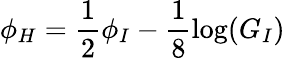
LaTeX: \phi_{H}=\frac{1}{2}\phi_{I}-\frac{1}{8}\log(G_{I})